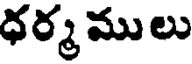
ధర్మ ములు